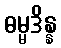
ဓမ္မဒိန္န